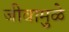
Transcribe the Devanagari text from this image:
जीवामुळे